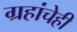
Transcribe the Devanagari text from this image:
ग्रहांचेही